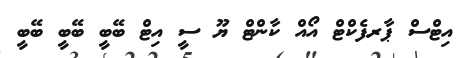
އިޓްސް ޕާރފެކްޓް އޯއް ކާންޓް ޔޫ ސީ އިޓް ބޭބީ ބޭބީ ބޭބީ